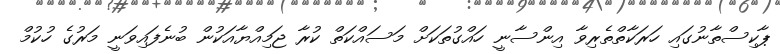
ޕާކިސްތާނުގައި ހަރަކާތްތެރިވާ އިންސާނީ ހައްގުތަކަށް މަސައްކަތް ކުރާ ޖަމިއްޔާއަކުން ބުނެފައިވަނީ މަރުގެ ހުކުމް